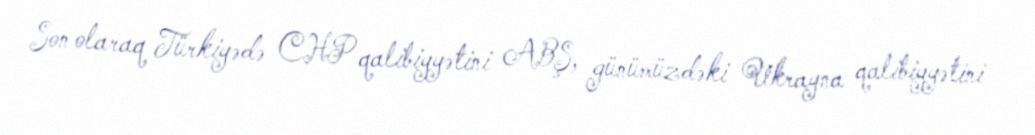
Son olaraq Türkiyədə CHP qalibiyyətini ABŞ, günümüzdəki Ukrayna qalibiyyətini